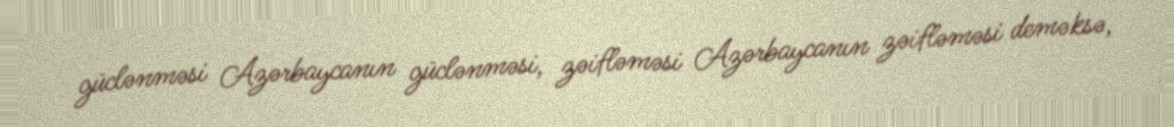
güclənməsi Azərbaycanın güclənməsi, zəifləməsi Azərbaycanın zəifləməsi deməksə,